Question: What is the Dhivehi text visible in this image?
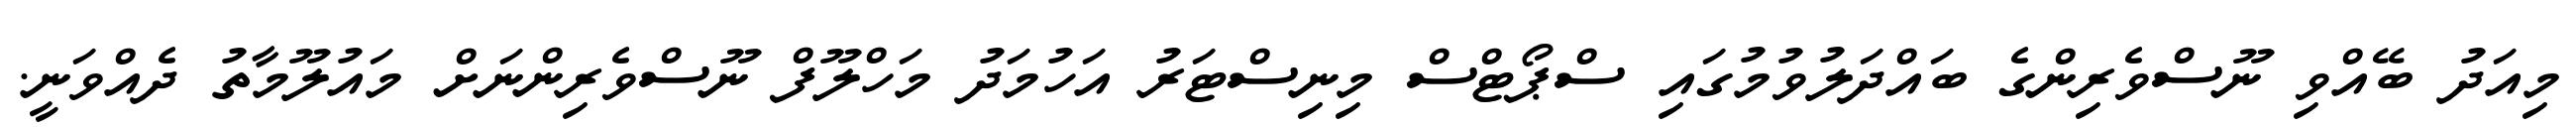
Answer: މިއަދު ބޭއްވި ނޫސްވެރިންގެ ބައްދަލުވުމުގައި ސްޕޯޓްސް މިނިސްޓަރު އަހުމަދު މަހްލޫފް ނޫސްވެރިންނަށް މައުލޫމާތު ދެއްވަނީ.